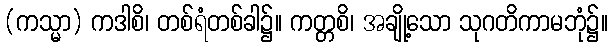
(ကသ္မာ) ကဒါစိ၊ တစ်ရံတစ်ခါ၌။ ကတ္တစိ၊ အချို့သော သုဂတိကာမဘုံ၌။